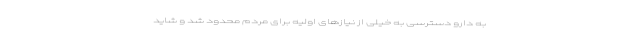
به دارو دسترسی به خیلی از نیازهای اولیه برای مردم محدود شد و شاید